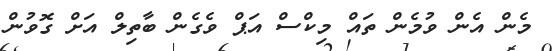
މެން އެން ވުމެން ތައް މިކްސް އަޕް ވެގެން ބާތިލް އަށް ގޮވުން